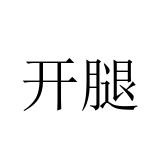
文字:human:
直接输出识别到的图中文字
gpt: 开腿